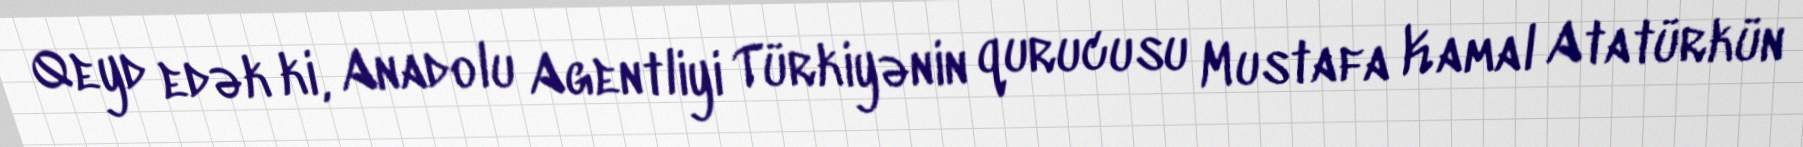
Qeyd edək ki, Anadolu Agentliyi Türkiyənin qurucusu Mustafa Kamal Atatürkün